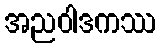
အညဝါဒကဿ